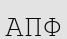
АПФ